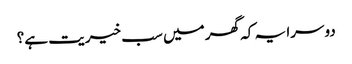
دوسرا یہ کہ گھر میں‌ سب خیریت ہے؟